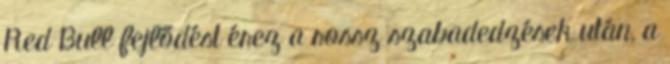
Red Bull fejlődést érez a rossz szabadedzések után, a